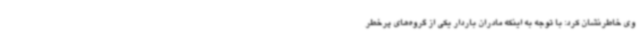
وی خاطرنشان کرد: با توجه به اینکه مادران باردار یکی از گروه‌های پرخطر